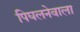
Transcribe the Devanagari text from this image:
पिघलनेवाला